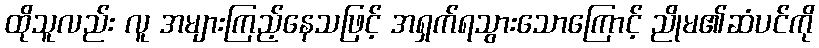
ထိုသူလည်း လူ အများကြည့်နေသဖြင့် အရှက်ရသွားသောကြောင့် ညိုမ၏ဆံပင်ကို